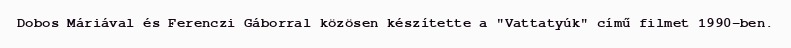
Dobos Máriával és Ferenczi Gáborral közösen készítette a "Vattatyúk" című filmet 1990-ben.